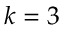
k = 3